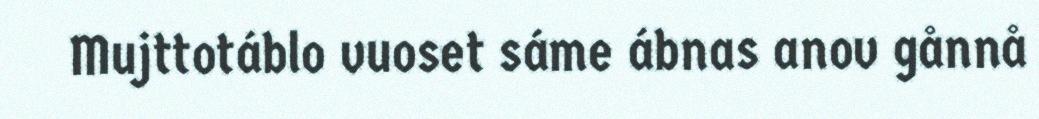
Mujttotáblo vuoset sáme ábnas anov gånnå